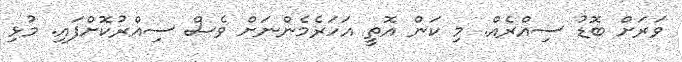
ވަރަށް ބޮޑު ސިއްރެއް. މި ކަން އޮތީ އަހަރެމެންނަށް ވެސް ސިއްރުކޮށްފައި. މުޅި